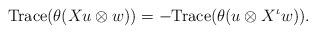
LaTeX: \begin{align*}\mbox{Trace}(\theta(Xu\otimes w))=-\mbox{Trace}(\theta(u\otimes X^\iota w)).\end{align*}